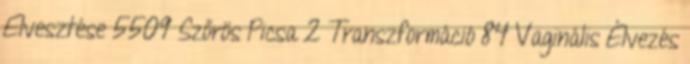
Elvesztése 5509 Szőrös Picsa 2 Transzformáció 84 Vaginális Élvezés